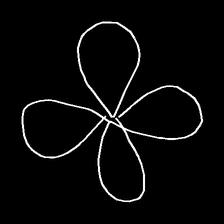
Glyph: billowing